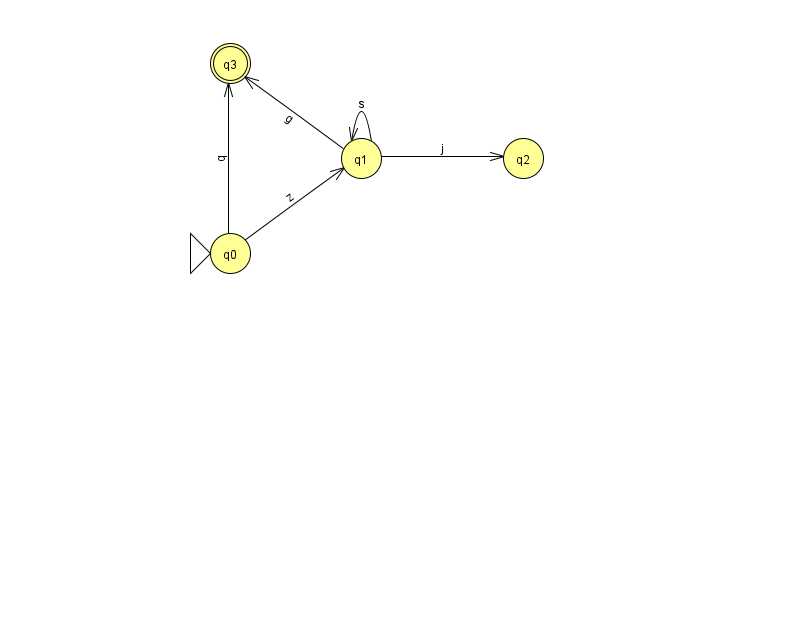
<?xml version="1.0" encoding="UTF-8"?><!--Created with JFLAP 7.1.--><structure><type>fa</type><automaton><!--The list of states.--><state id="0" name="q0"><x>230.0</x><y>240.0</y><initial/></state><state id="1" name="q1"><x>361.0</x><y>145.0</y></state><state id="2" name="q2"><x>523.0</x><y>145.0</y></state><state id="3" name="q3"><x>230.0</x><y>50.0</y><final/></state><!--The list of transitions.--><transition><from>1</from><to>1</to><read>s</read></transition><transition><from>1</from><to>2</to><read>j</read></transition><transition><from>0</from><to>1</to><read>z</read></transition><transition><from>0</from><to>3</to><read>q</read></transition><transition><from>1</from><to>3</to><read>g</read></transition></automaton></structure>